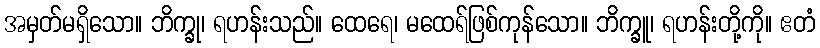
အမှတ်မရှိသော။ ဘိက္ခု၊ ရဟန်းသည်။ ထေရေ၊ မထေရ်ဖြစ်ကုန်သော။ ဘိက္ခူ၊ ရဟန်းတို့ကို။ ဧတံ